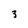
Character: 3